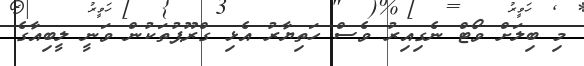
މި ބިލަށް ވޯޓް ނެގިއިރު ވެސް ހަތިޔާރު އެޅި ގްރޫޕުތަކުން ވަނީ ލީބިއާގެ